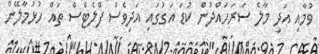
ވުމާއި އަދި މާލެ ސަރަހައްދުން ކުޑަ އަގުގައި އަދިވެސް ފްލެޓްސް ތައް ހުޅުމާލޭން